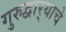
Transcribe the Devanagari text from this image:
गुरुद्वार्‍याचे